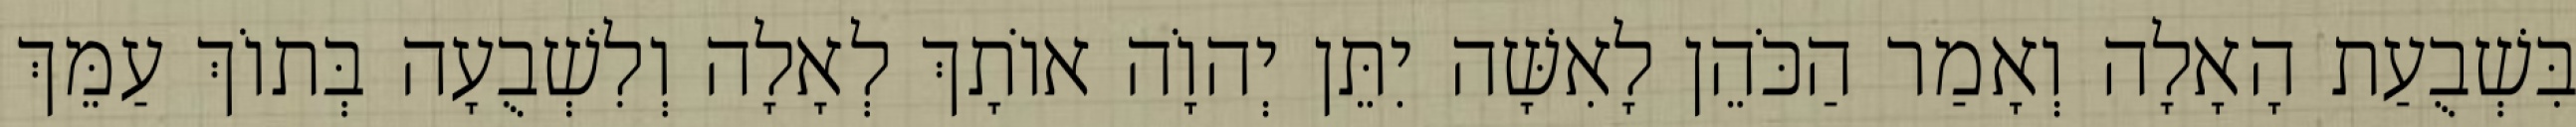
בִּשְׁבֻעַת הָאָלָה וְאָמַר הַכֹּהֵן לָאִשָּׁה יִתֵּן יְהוָֹה אוֹתָךְ לְאָלָה וְלִשְׁבֻעָה בְּתוֹךְ עַמֵּךְ